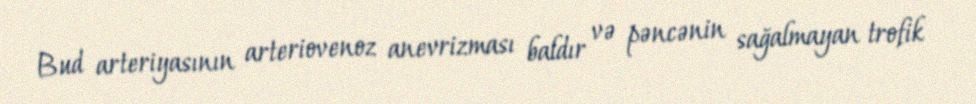
Bud arteriyasının arteriovenoz anevrizması baldır və pəncənin sağalmayan trofik